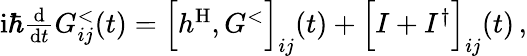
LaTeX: \begin{array}{r}{\mathrm{i}\hbar\frac{\mathrm{d}}{\mathrm{d}t}G_{ij}^{<}(t)=\Big[h^{\mathrm{H}},G^{<}\Big]_{ij}(t)+\Big[I+I^{\dagger}\Big]_{ij}(t)\, ,}\end{array}